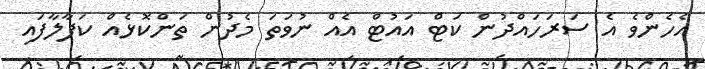
އެހެންވެ އެ ސަރަހައްދުން ކަޓް އައުޓް އެއް ނުވަތަ މެދުން ތަންކޮޅެއް ކަފާލާފައި